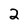
Character: 2